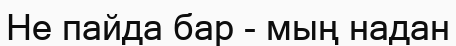
Не пайда бар - мың надан